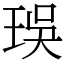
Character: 㻍